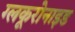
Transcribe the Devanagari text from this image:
ग्लकूरोनाइड